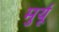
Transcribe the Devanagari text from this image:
मुर्यू